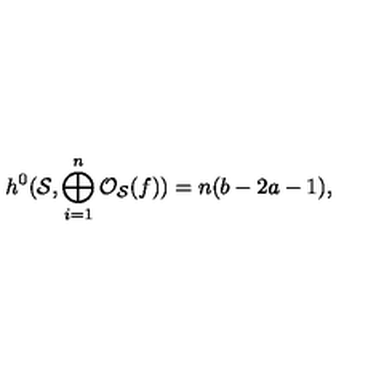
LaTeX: h ^ { 0 } ( { \cal S } , \bigoplus _ { i = 1 } ^ { n } { \cal O } _ { \cal S } ( f ) ) = n ( b - 2 a - 1 ) ,